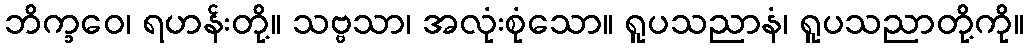
ဘိက္ခဝေ၊ ရဟန်းတို့။ သဗ္ဗသာ၊ အလုံးစုံသော။ ရူပသညာနံ၊ ရူပသညာတို့ကို။